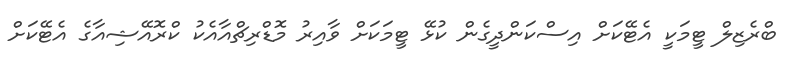
ބްރެޒިލް ޓީމަކީ އެޓޭކަށް އިސްކަންދީގެން ކުޅޭ ޓީމަކަށް ވާއިރު މޮޑްރިޗްއާއެކު ކްރޮއޭޝިއާގެ އެޓޭކަށް